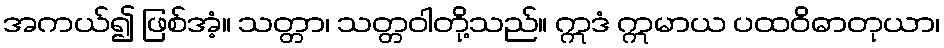
အကယ်၍ ဖြစ်အံ့။ သတ္တာ၊ သတ္တဝါတို့သည်။ ဣဒံ ဣမာယ ပထဝိဓာတုယာ၊